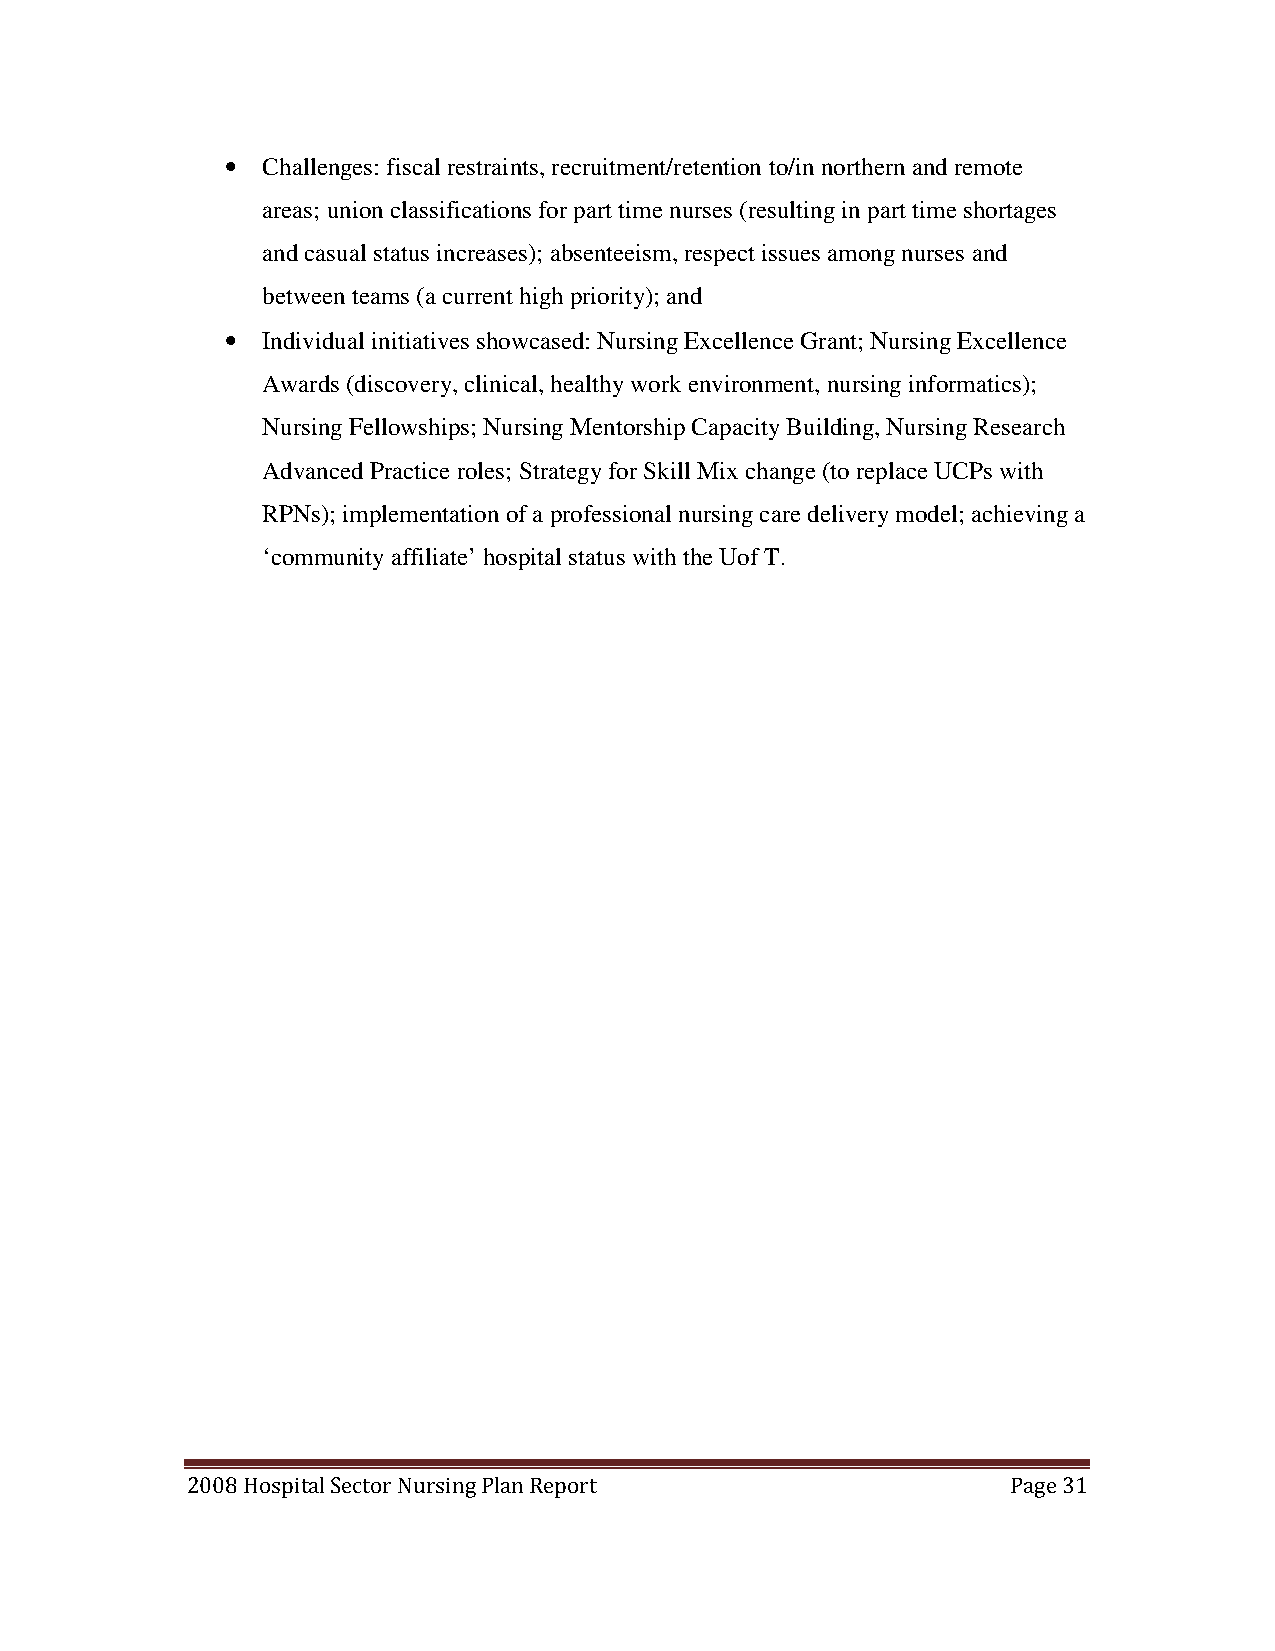
• Challenges: fiscal restraints, recruitment/retention to/in northern and remote
 areas; union classifications for part time nurses (resulting in part time shortages
 and casual status increases); absenteeism, respect issues among nurses and
 between teams (a current high priority); and
 • Individual initiatives showcased: Nursing Excellence Grant; Nursing Excellence
 Awards (discovery, clinical, healthy work environment, nursing informatics);
 Nursing Fellowships; Nursing Mentorship Capacity Building, Nursing Research
 Advanced Practice roles; Strategy for Skill Mix change (to replace UCPs with
 RPNs); implementation of a professional nursing care delivery model; achieving a
 ‘community affiliate’ hospital status with the Uof T.
 2008 Hospital Sector Nursing Plan Report               Page 31